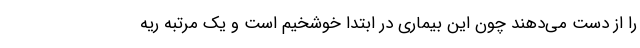
را از دست می‌دهند چون این بیماری در ابتدا خوشخیم است و یک مرتبه ریه